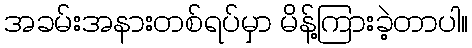
အခမ်းအနားတစ်ရပ်မှာ မိန့်ကြားခဲ့တာပါ။